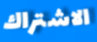
الاشتراك